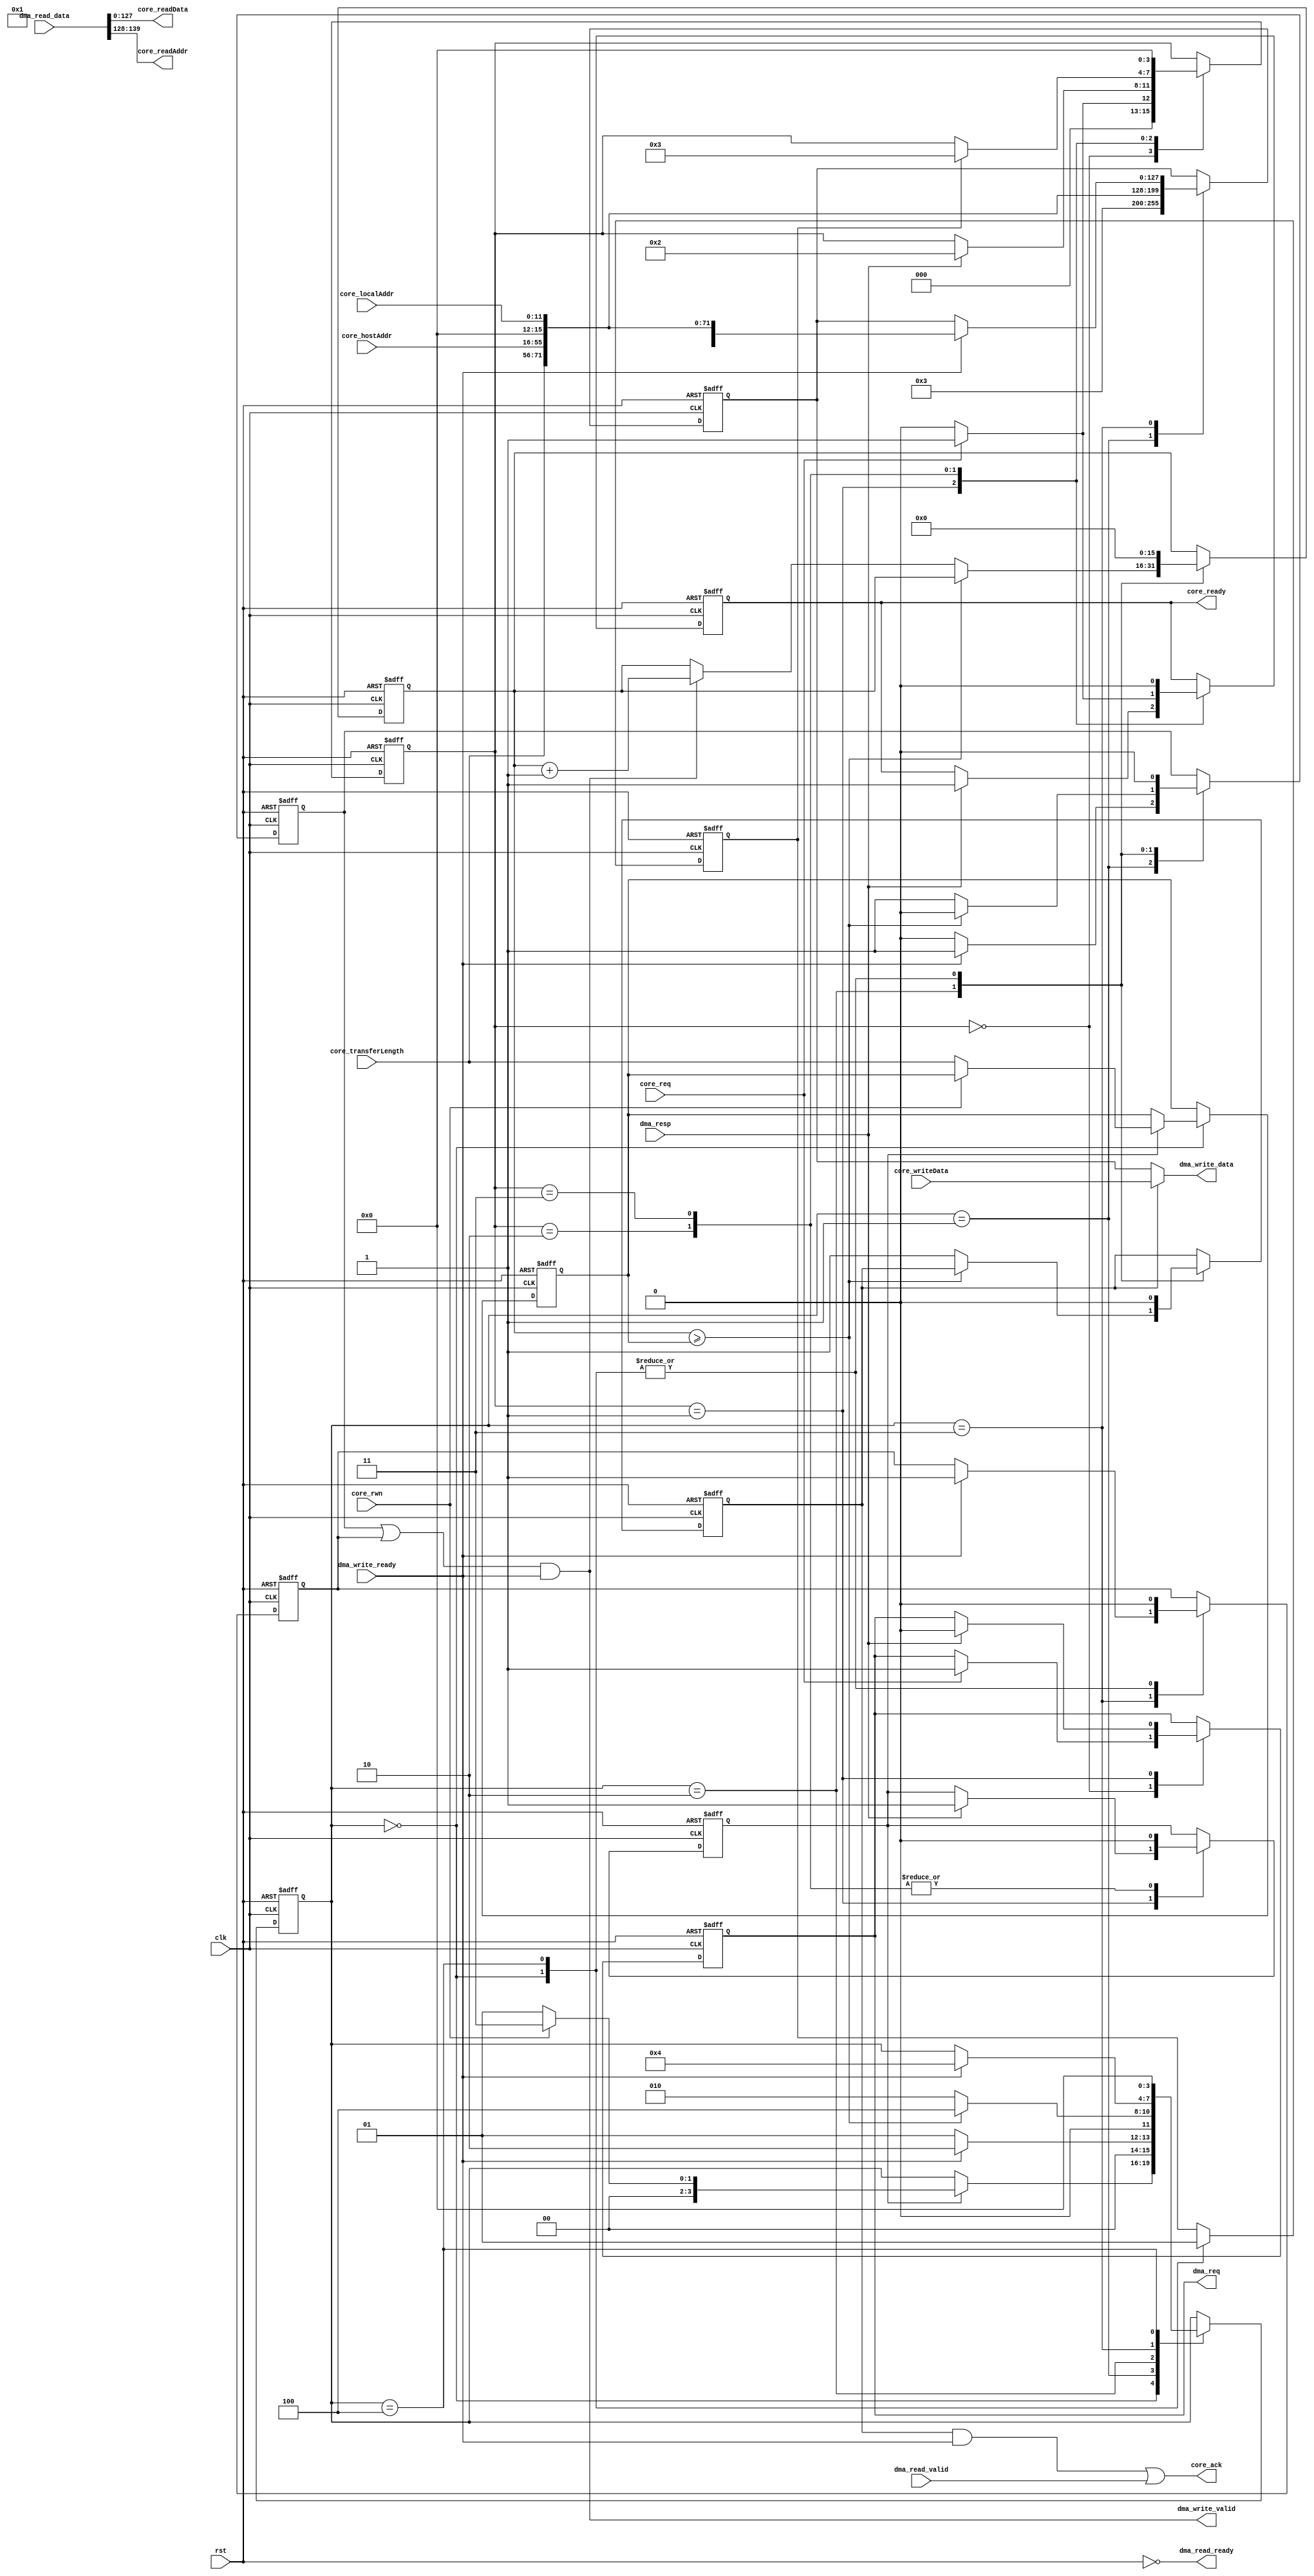

////////////////////////////////////////////////////////////////////////////////
// Company: TSNLAB
//
// Design Name: TSN-NPU
// Module Name: dmaController
// Tool versions: vivado 2018.3
// Description:
//    <Description here>
// Revision:
//    0.01 junhyuk - Create
////////////////////////////////////////////////////////////////////////////////
			
module loadStoreController(
    input wire clk,
    input wire rst,
  
    //***** FPU Core block
    (* MARK_DEBUG = "TRUE" *)input wire core_req,
    (* MARK_DEBUG = "TRUE" *)output reg core_ready,
    input wire core_rwn,
    input wire [39:0] core_hostAddr,
    input wire [11:0] core_localAddr,
    input wire [15:0] core_transferLength,
    (* MARK_DEBUG = "TRUE" *)output wire core_ack,
    (* MARK_DEBUG = "TRUE" *)input wire [127:0] core_writeData,
    (* MARK_DEBUG = "TRUE" *)output wire [127:0] core_readData,
    (* MARK_DEBUG = "TRUE" *)output wire [11:0] core_readAddr,
  
    //***** DMA Path Controller block
    output reg dma_req,
    input wire dma_resp,
    output wire dma_write_valid,
    output wire [127:0] dma_write_data,
    input wire dma_write_ready,
    input wire dma_read_valid,
    input wire [139:0] dma_read_data,
    output wire dma_read_ready
  );
  
  //***** core fpu control state
  localparam [3:0] cfc_idle = 4'd0;
  localparam [3:0] cfc_req = 4'd1;
  localparam [3:0] cfc_resp = 4'd2;
  localparam [3:0] cfc_end = 4'd3;
  
  reg[3:0] cfcon = cfc_idle;
  reg data_st;
  reg data_done;
  //***** fpu reqest process
  always@(posedge clk or posedge rst)begin
    if(rst) begin
      dma_req <= 1'b0;
      cfcon <= cfc_idle;
      data_st <= 1'b0;
      core_ready <= 1'b0;
  
    end
    else begin
      case(cfcon)
        cfc_idle : begin
          if(core_req) begin
            dma_req <= 1'b1;
            cfcon <= cfc_req;
          end
          else begin
            cfcon <= cfc_idle;
          end
        end
        cfc_req : begin
          if(dma_resp) begin
            data_st <= 1'b1;
            dma_req <= 1'b0;
            core_ready <= 1'b1;
            cfcon <= cfc_resp;
          end
          else begin
          end
        end
        cfc_resp : begin
          data_st <= 1'b0; 
          if(core_req) begin
            core_ready <= 1'b1;
          end 
          else begin
            core_ready <= 1'b0;
          end
          if(data_done) begin
            cfcon <= cfc_end;
  
          end
        end
        cfc_end : begin
          core_ready <= 1'b0;
          data_st <= 1'b0;
          cfcon <= cfc_idle;
        end
  
      endcase
    end
  
  end
  
  //***** DMA Path controller state
  localparam [3:0] dpc_idle = 4'd0;
  localparam [3:0] dpc_wr_data0 = 4'd1;
  localparam [3:0] dpc_wr_data1 = 4'd2;
  localparam [3:0] dpc_rd_data = 4'd3;
  localparam [3:0] dpc_end = 4'd4;
  
  reg[3:0] dpcon;
  reg ack_en;
  reg wr_en;
  reg[15:0] dpcon_cnt;
  reg[15:0] dpcon_lengh;
  reg read_valid;
  reg rd_en;
  reg [127:0] header_reg;
  //***** DMA data Path Control
  always@(posedge clk or posedge rst) begin
    if(rst) begin
      data_done <= 1'b0;
      ack_en <= 1'b0;
      wr_en <= 1'b0;
      rd_en <= 1'b0;
      dpcon <= dpc_idle;
      dpcon_lengh <= 0;
      // dma_write_data <= 0;
      header_reg <= 128'd0;
      dpcon_cnt <=16'd0;
    end
    else begin
      case(dpcon)
        dpc_idle : begin
          // dma_write_data <= 0;
          data_done <= 1'b0;
          wr_en <= 1'b0;
          ack_en <= 1'b0;
          dpcon_cnt <=16'd0;
          rd_en <= 1'b0;
          if(data_st) begin
            if(core_rwn) begin
              dpcon <= dpc_rd_data;
            end
            else begin
              dpcon <= dpc_wr_data0;
              dpcon_lengh <= core_transferLength;
            end
          end
        end
        dpc_wr_data0 : begin
          if(dma_write_ready) begin
            dpcon <= dpc_wr_data1;
            wr_en <= 1'b1;
            // dma_write_data <= {48'd0,8'h03,core_transferLength,core_hostAddr,4'b0000,core_localAddr};
            header_reg <= {48'd0,8'h03,core_transferLength,core_hostAddr,4'b0000,core_localAddr};
          end
          else begin
            wr_en <= 1'b0;
            // dma_write_data <= {48'd0,8'h03,core_transferLength,core_hostAddr,4'b0000,core_localAddr};
            header_reg <= {48'd0,8'h03,core_transferLength,core_hostAddr,4'b0000,core_localAddr};
            dpcon <= dpc_wr_data0;
          end
        end
        dpc_wr_data1 : begin
          if(dpcon_cnt >= dpcon_lengh) begin
            wr_en <= 1'b0;
            // dma_write_data <= core_writeData;
            dpcon <= dpc_end;
          end
          else begin
            wr_en <= 1'b1;
            ack_en <= 1'b1;
            // dma_write_data <= core_writeData;
            if(dma_write_valid) begin
              dpcon_cnt <= dpcon_cnt + 1;
            end
            else begin
              dpcon_cnt <= dpcon_cnt;
            end
            dpcon <= dpc_wr_data1;
          end
  
        end
        dpc_rd_data : begin
          if(dma_write_ready) begin
            rd_en <= 1'b1;
            header_reg <= {48'd0,8'h01,core_transferLength,core_hostAddr,4'b0000,core_localAddr};
            dpcon <= dpc_end;
          end
        end
        dpc_end : begin
          dpcon_cnt <=16'd0;
          data_done <= 1'b1;
          wr_en <= 1'b0;
          ack_en <= 1'b0;
          rd_en <= 1'b0;
          dpcon <= dpc_idle;
        end
      endcase
      
    end
  
  end
  
  //***** Read Data Path control
  always@(posedge clk or posedge rst) begin
    if(rst) begin
      read_valid <= 1'b0;
    end
    else begin
      read_valid <= dma_read_valid;
    end
  end
  
  assign dma_write_data = (ack_en == 1)? core_writeData : header_reg;
  // assign core_ack = ((ack_en && dma_write_ready) || (dma_read_valid && read_valid));
  assign core_ack = ((ack_en && dma_write_ready) || (dma_read_valid));
  assign dma_write_valid = ((wr_en || rd_en) && dma_write_ready);
  assign core_readData = dma_read_data[127:0];
  assign core_readAddr = dma_read_data[139:128];
  assign dma_read_ready = !rst;
  
  endmodule